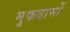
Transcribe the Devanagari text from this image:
मुकदामों